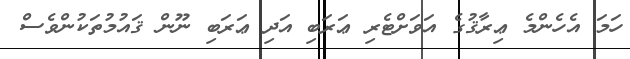
ހަމަ އެހެންމެ ޢިރާޤުގެ އަވަށްޓެރި ޢަރަބި އަދި ޢަރަބި ނޫން ޤައުމުތަކުންވެސް